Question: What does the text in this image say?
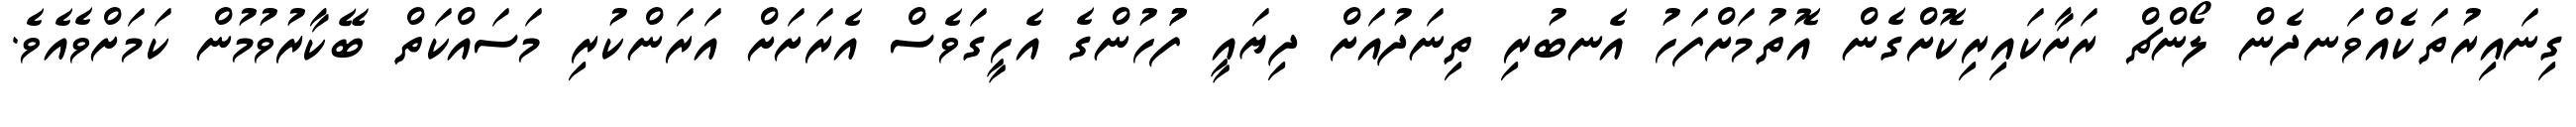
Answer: ގިނައިރުތަކެއްވަނދެން ލޯންޗް ރަށާކައިރިކޮށްގެން އޮތުމަށްފަހު އެނބުރި ތިނަދުއަށް ދިޔައީ ފުުހުންގެ އެހީގަވެސް އެރަށަށް އަރަންކުރި މަސައްކަތް ބޭކާރުވުމުން ކަމަށްވެއެވެ.